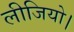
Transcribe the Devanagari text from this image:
लीजियो।